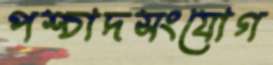
পশ্চাদসংযোগ